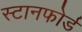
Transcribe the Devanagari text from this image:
स्टानफोर्ड